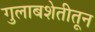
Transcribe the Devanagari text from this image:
गुलाबशेतीतून